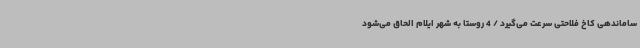
ساماندهی کاخ فلاحتی سرعت می‌گیرد / 4 روستا به شهر ایلام الحاق می‌شود